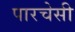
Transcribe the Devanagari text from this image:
पारचेसी